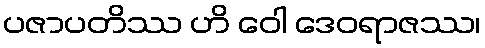
ပဇာပတိဿ ဟိ ဝေါ ဒေဝရာဇဿ၊